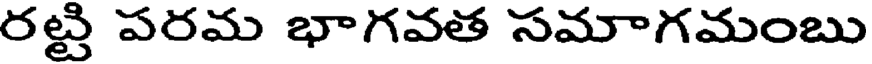
రట్టి పరమ భాగవత సమాగమంబు